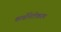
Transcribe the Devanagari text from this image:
कार्बोनेटीकरण